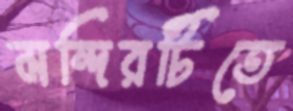
মন্দিরটিতে